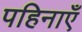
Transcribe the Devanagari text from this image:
पहिनाएँ